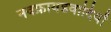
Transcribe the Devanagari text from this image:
नवफ्रायडवादियों